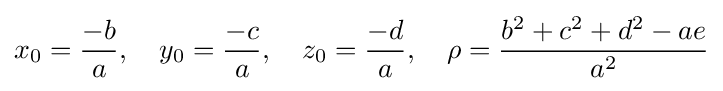
x_{0}={\frac {-b}{a}},\quad y_{0}={\frac {-c}{a}},\quad z_{0}={\frac {-d}{a}},\quad \rho ={\frac {b^{2}+c^{2}+d^{2}-ae}{a^{2}}}